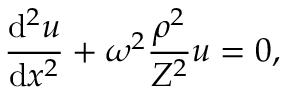
\frac { \mathrm { d } ^ { 2 } u } { \mathrm { d } x ^ { 2 } } + \omega ^ { 2 } \frac { \rho ^ { 2 } } { Z ^ { 2 } } u = 0 ,